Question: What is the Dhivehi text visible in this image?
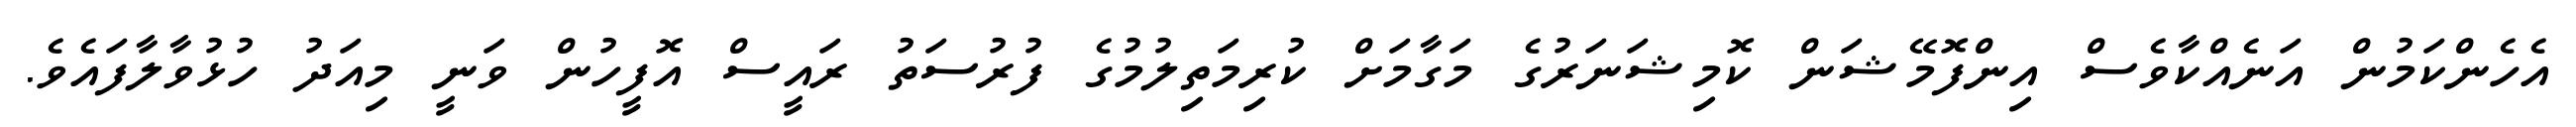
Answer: އެހެންކަމުން އަނެއްކާވެސް އިންފޮމޭޝަން ކޮމިޝަނަރުގެ މަގާމަށް ކުރިމަތިލުމުގެ ފުރުސަތު ރައީސް އޮފީހުން ވަނީ މިއަދު ހުޅުވާލާފައެވެ.